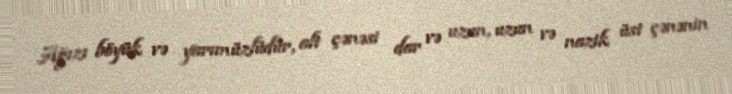
Ağızı böyük və yarımüzlüdür, alt çənəsi dar və uzun, uzun və nazik üst çənənin